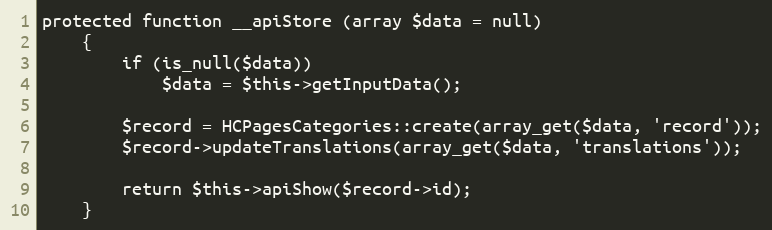
Language: PHP
protected function __apiStore (array $data = null)
    {
        if (is_null($data))
            $data = $this->getInputData();

        $record = HCPagesCategories::create(array_get($data, 'record'));
        $record->updateTranslations(array_get($data, 'translations'));

        return $this->apiShow($record->id);
    }